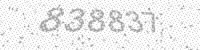
Solution: 838837